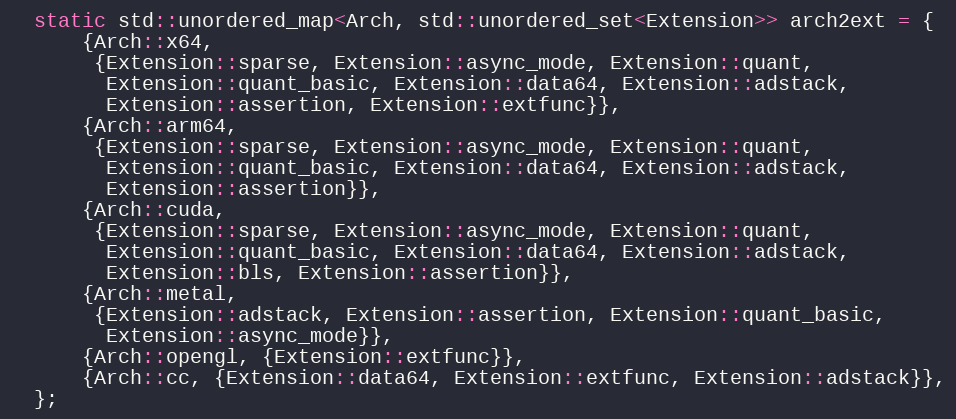
Language: C++
  static std::unordered_map<Arch, std::unordered_set<Extension>> arch2ext = {
      {Arch::x64,
       {Extension::sparse, Extension::async_mode, Extension::quant,
        Extension::quant_basic, Extension::data64, Extension::adstack,
        Extension::assertion, Extension::extfunc}},
      {Arch::arm64,
       {Extension::sparse, Extension::async_mode, Extension::quant,
        Extension::quant_basic, Extension::data64, Extension::adstack,
        Extension::assertion}},
      {Arch::cuda,
       {Extension::sparse, Extension::async_mode, Extension::quant,
        Extension::quant_basic, Extension::data64, Extension::adstack,
        Extension::bls, Extension::assertion}},
      {Arch::metal,
       {Extension::adstack, Extension::assertion, Extension::quant_basic,
        Extension::async_mode}},
      {Arch::opengl, {Extension::extfunc}},
      {Arch::cc, {Extension::data64, Extension::extfunc, Extension::adstack}},
  };